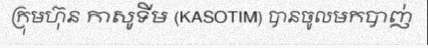
ក្រុមហ៊ុន កាសូទីម (KASOTIM) បានចូលមកបាញ់